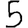
Digit: 5